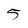
Character: 5